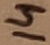
Text: 14